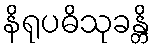
နိရုပဓိသုခန္တိ